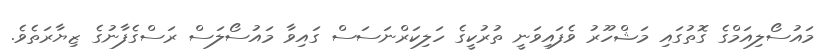
މައުސޯލިއަމްގެ ގޮތުގައި މަޝްހޫރު ވެފައިވަނީ ތުރުކީގެ ހަލިކަރްނަސަސް ގައިވާ މައުސޯލަސް ރަސްގެފާނުގެ ޒިޔާރަތެވެ.